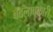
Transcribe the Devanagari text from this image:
बदलावकारी